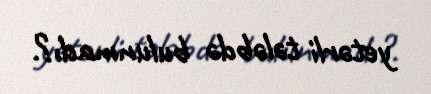
yetərli tələbdə bulunmadı?.